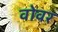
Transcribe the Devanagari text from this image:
वोवर